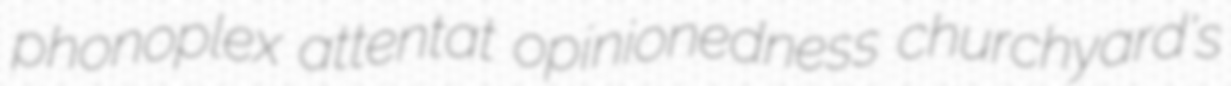
phonoplex attentat opinionedness churchyard's